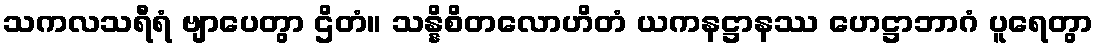
သကလသရီရံ ဗျာပေတွာ ဌိတံ။ သန္နိစိတလောဟိတံ ယကနဋ္ဌာနဿ ဟေဋ္ဌာဘာဂံ ပူရေတွာ